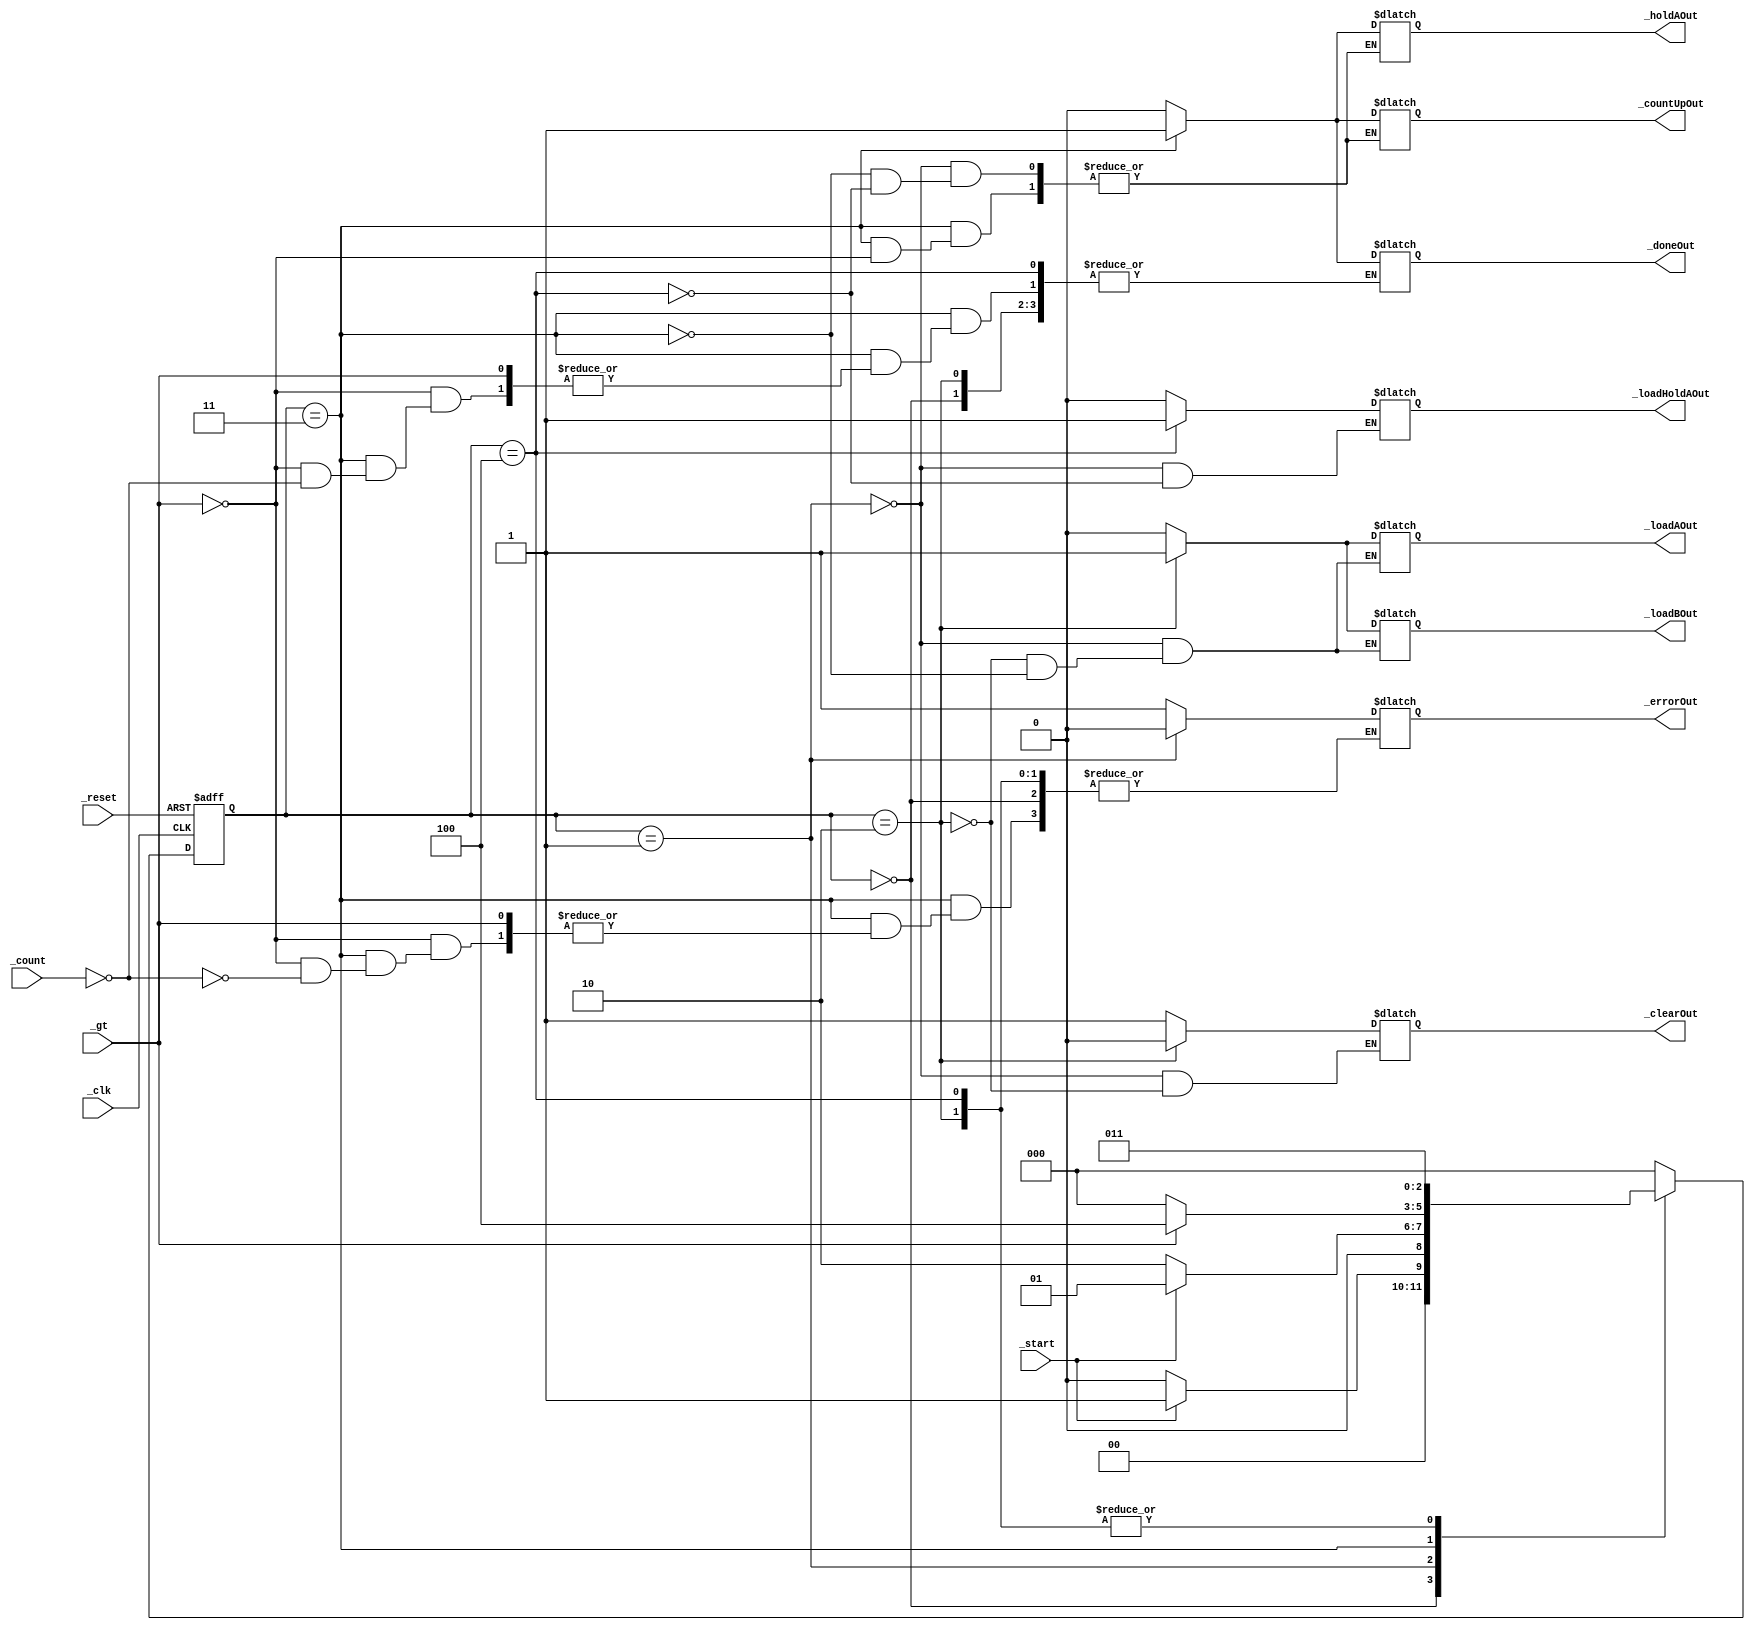
`timescale 1ns / 1ps
//////////////////////////////////////////////////////////////////////////////////
// Company: 
// Engineer: 
// 
// Design Name: 
// Module Name: ControlPath
// Project Name: 
// Target Devices: 
// Tool Versions: 
// Description: 
// 
// Dependencies: 
// 
// Revision:
// Revision 0.01 - File Created
// Additional Comments:
// 
//////////////////////////////////////////////////////////////////////////////////


module ControlPath(
//define inputs
input _clk, _reset, _start, _gt,
input [7:0] _count,

//define outputs
output _doneOut,_errorOut,
output _clearOut, _loadAOut, _loadBOut, _countUpOut, _holdAOut, _loadHoldAOut
    );
 
wire [2:0] _stateOut;    
parameter S0 = 3'b000,
         S1 = 3'b001,
         S2 = 3'b010,
         S3 = 3'b011,
         S4 = 3'b100,
         S5 = 3'b101,
         S6 = 3'b110,
         S7 = 3'b111;    


reg [2:0] _state, _nextState;
assign _stateOut = _state;


reg  _done, _error;
assign _doneOut = _done;
assign _errorOut = _error;


reg _clear, _loadA, _loadB, _countUp, _holdA, _loadHoldA;
assign _clearOut = _clear;
assign _loadAOut = _loadA;
assign _loadBOut = _loadB;
assign _countUpOut = _countUp;
assign _holdAOut = _holdA;
assign _loadHoldAOut = _loadHoldA;

//always block to update state
always@(posedge _clk, posedge _reset)
begin
    if(_reset)
    begin
        _state <= S0;
        //_nextState = S0;
    end
    else
    begin
        _state <= _nextState;
    end
end


//always block to compute nextstate
always@(_state,_gt,_start)
begin
   
    case(_state)
        S0:
        begin
            if(_start == 1'b1)
            begin
                _nextState = S1;
            end
            else
            begin
                _nextState = S0;
            end 
        end
        
        
        S1:
        begin
            if(_start == 1'b0)
            begin
                _nextState = S2;
            end
            else
            begin
                _nextState = S1;
            end        
        end
        
        S2:
        begin
            _nextState = S3;     
        end
        
        S3:
        begin
            if(_gt == 1'b1)
            begin
                _nextState = S4;
            end
            else
            begin
                _nextState = S0;
            end   
        end
        
        S4:
        begin
            _nextState = S3;
        end        
        
        default:
        begin
            _nextState = S0;
        end
    endcase
end



//alwasy block to compute output
always@(_state,_gt,_count)
begin

    case(_state)
        S0:
        begin
        end
        
        
        S1:
        begin
            _clear = 1'b1;
            _done = 1'b0;
            _loadA= 1'b0;
            _loadB = 1'b0;
            _countUp = 1'b0;
            _holdA = 1'b0;
            _loadHoldA = 1'b0;
            _error = 1'b0;    
        end
        
        S2:
        begin
            _loadA = 1'b1;
            _loadB = 1'b1;
            _clear = 1'b0;
        end
        
        S3:
        begin
            _loadA = 1'b0;
            _loadB = 1'b0;
            
            if(_gt == 1'b1)
            begin
                _countUp = 1'b1;
                _holdA = 1'b1;               
            end
            else
            begin
                if(_count == 8'b00000000)
                begin
                    _error = 1'b1;
                end
                else
                begin
                   _done = 1'b1;
                end
            end
        end
        
        S4:
        begin
            _countUp = 1'b0;
            _holdA = 1'b0;
            _loadHoldA = 1'b1; 
        end
        
        default:
        begin
            _error = 1'b1;
            _done = 1'b0;           
        end
        
    endcase
end


endmodule